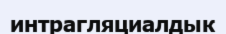
интрагляциалдык